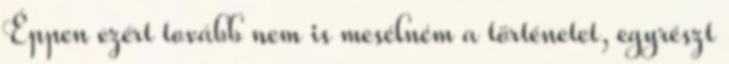
Éppen ezért tovább nem is mesélném a történetet, egyrészt